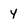
Character: 4